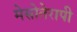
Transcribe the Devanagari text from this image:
मेसोतेरापी